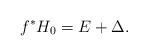
LaTeX: \begin{align*} f^*H_0 = E + \Delta.\end{align*}